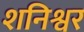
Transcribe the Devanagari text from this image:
शनिश्वर